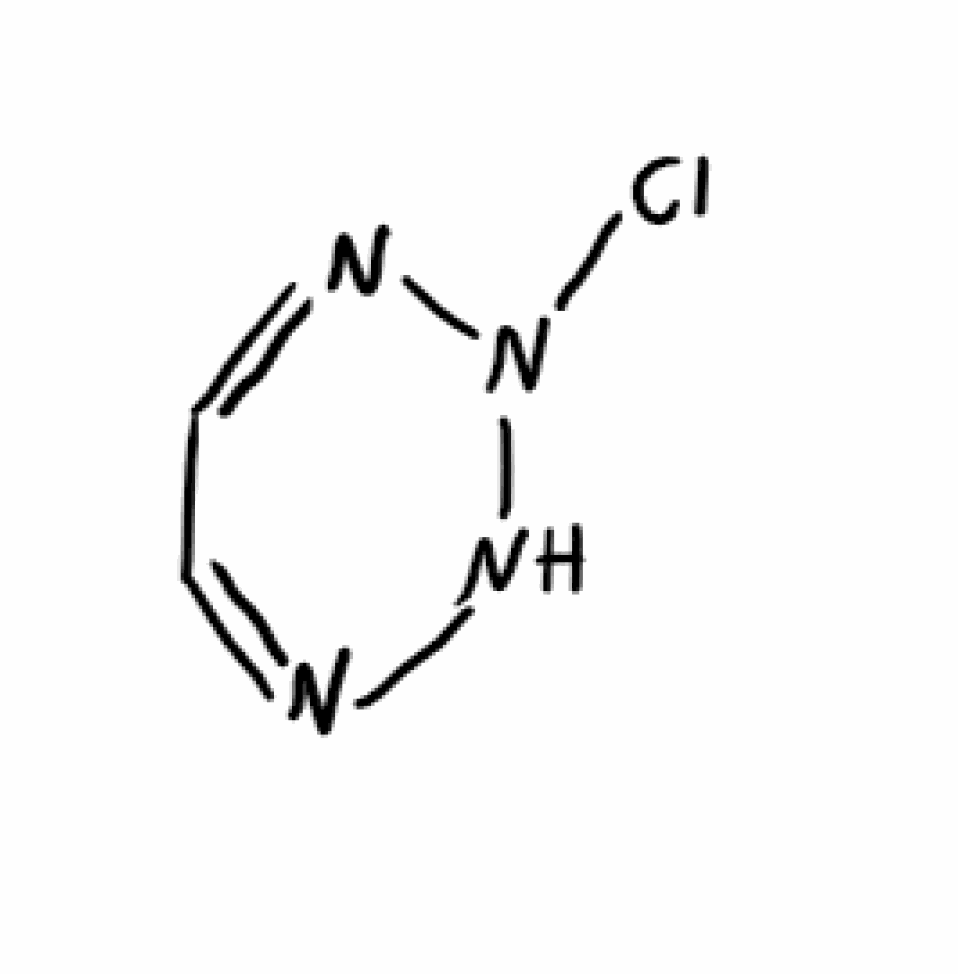
Simplified molecular-input line-entry system (SMILES) notation of the given molecule:
C1=NNN(N=C1)Cl